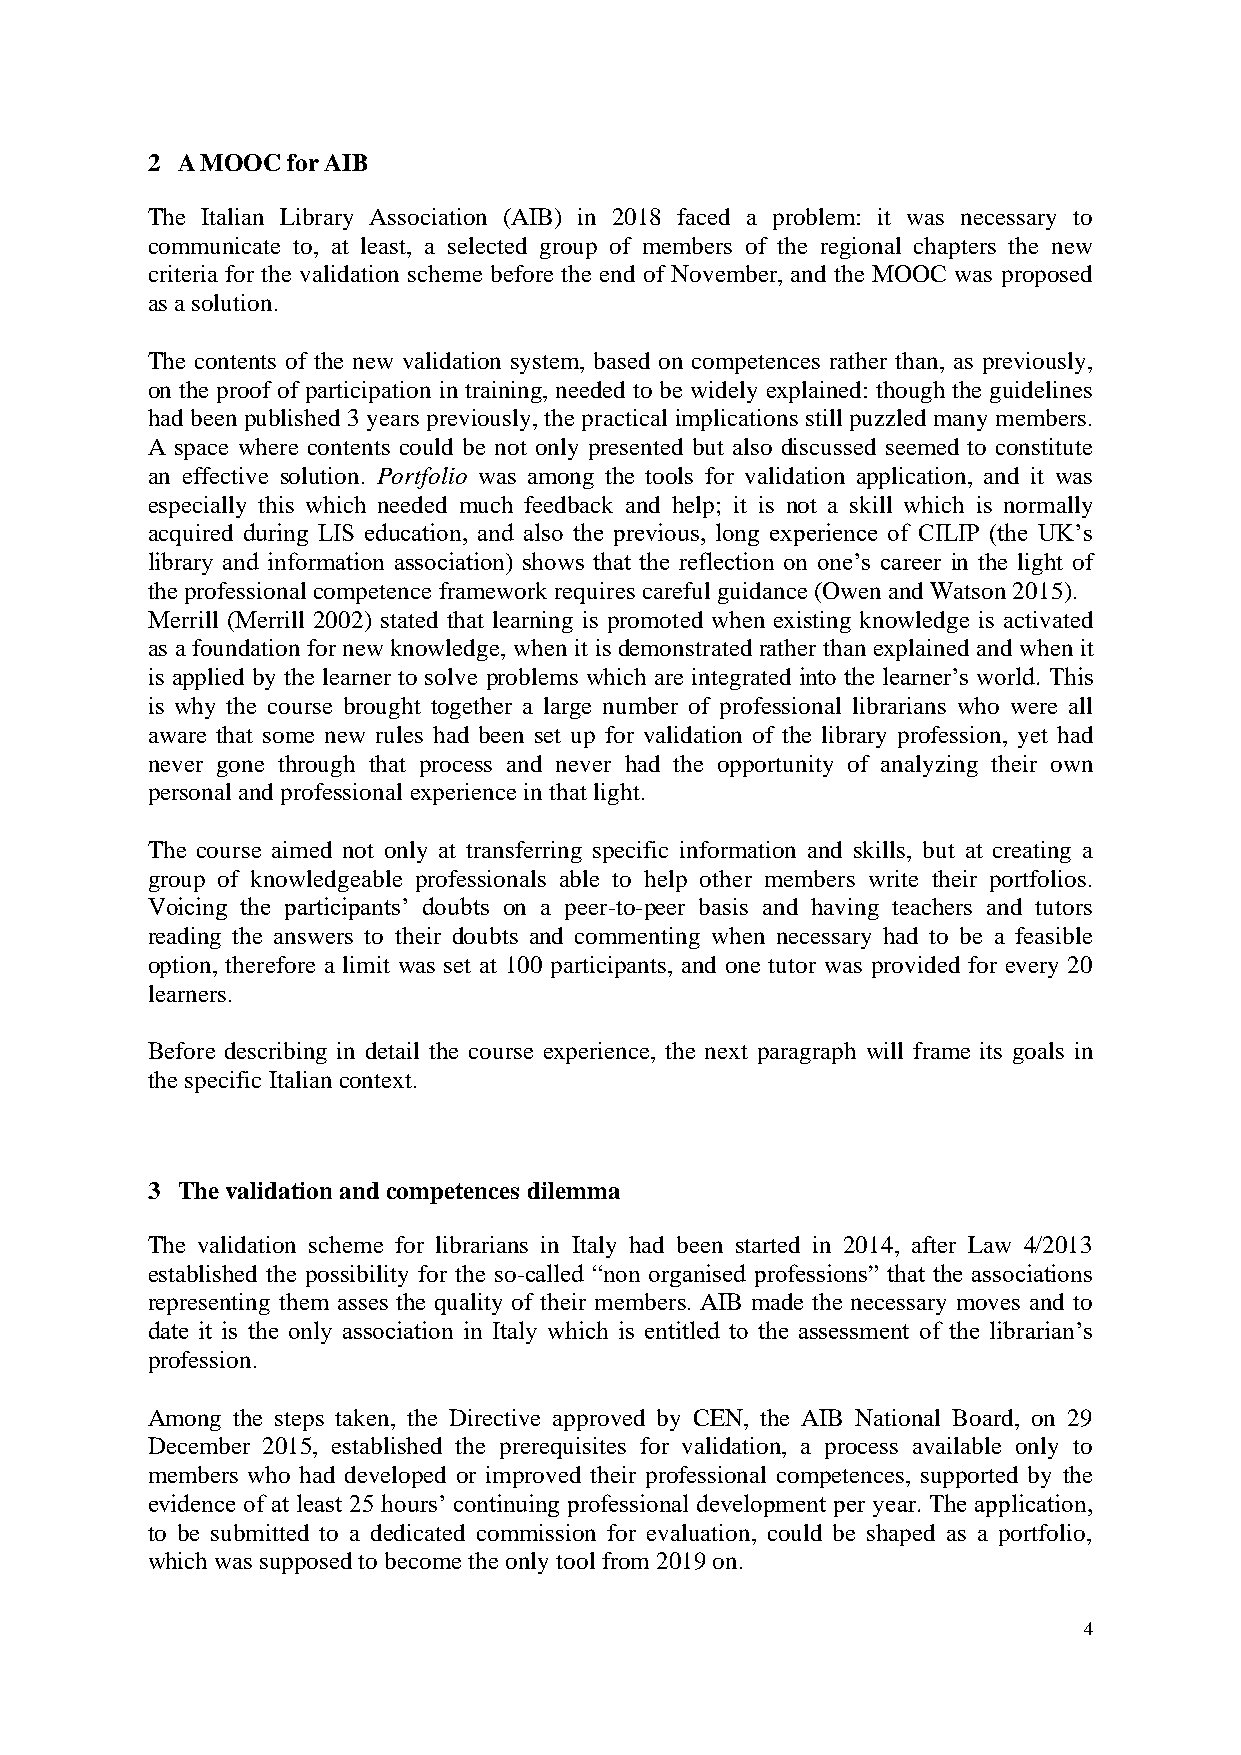
2 A MOOC for AIB
 The Italian Library Association (AIB) in 2018 faced a problem: it was necessary to
 communicate to, at least, a selected group of members of the regional chapters the new
 criteria for the validation scheme before the end of November, and the MOOC was proposed
 as a solution.
 The contents of the new validation system, based on competences rather than, as previously,
 on the proof of participation in training, needed to be widely explained: though the guidelines
 had been published 3 years previously, the practical implications still puzzled many members.
 A space where contents could be not only presented but also discussed seemed to constitute
 an effective solution. Portfolio was among the tools for validation application, and it was
 especially this which needed much feedback and help; it is not a skill which is normally
 acquired during LIS education, and also the previous, long experience of CILIP (the UK’s
 library and information association) shows that the reflection on one’s career in the light of
 the professional competence framework requires careful guidance (Owen and Watson 2015).
 Merrill (Merrill 2002) stated that learning is promoted when existing knowledge is activated
 as a foundation for new knowledge, when it is demonstrated rather than explained and when it
 is applied by the learner to solve problems which are integrated into the learner’s world. This
 is why the course brought together a large number of professional librarians who were all
 aware that some new rules had been set up for validation of the library profession, yet had
 never gone through that process and never had the opportunity of analyzing their own
 personal and professional experience in that light.
 The course aimed not only at transferring specific information and skills, but at creating a
 group of knowledgeable professionals able to help other members write their portfolios.
 Voicing the participants’ doubts on a peer-to-peer basis and having teachers and tutors
 reading the answers to their doubts and commenting when necessary had to be a feasible
 option, therefore a limit was set at 100 participants, and one tutor was provided for every 20
 learners.
 Before describing in detail the course experience, the next paragraph will frame its goals in
 the specific Italian context.
 3 The validation and competences dilemma
 The validation scheme for librarians in Italy had been started in 2014, after Law 4/2013
 established the possibility for the so-called “non organised professions” that the associations
 representing them asses the quality of their members. AIB made the necessary moves and to
 date it is the only association in Italy which is entitled to the assessment of the librarian’s
 profession.
 Among the steps taken, the Directive approved by CEN, the AIB National Board, on 29
 December 2015, established the prerequisites for validation, a process available only to
 members who had developed or improved their professional competences, supported by the
 evidence of at least 25 hours’ continuing professional development per year. The application,
 to be submitted to a dedicated commission for evaluation, could be shaped as a portfolio,
 which was supposed to become the only tool from 2019 on.
 4